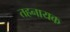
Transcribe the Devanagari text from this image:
तहनायक